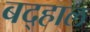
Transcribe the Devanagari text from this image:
बद्हाल